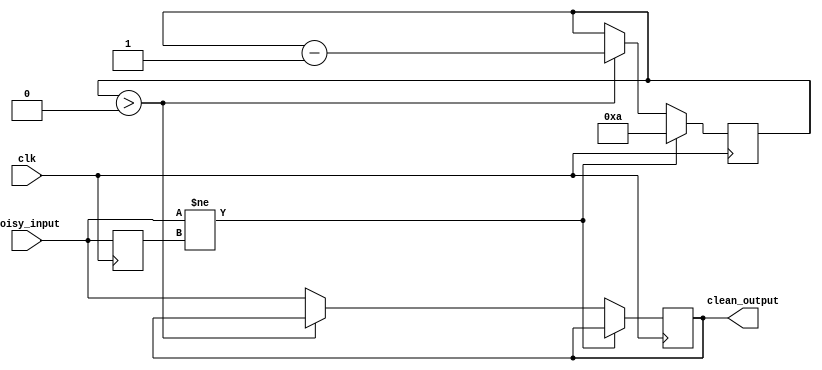
module debounce (
    input clk,
    input noisy_input,
    output reg clean_output
);

parameter DEBOUNCE_CYCLES = 10; // Adjust as needed

reg [DEBOUNCE_CYCLES-1:0] debounce_counter;
reg prev_input;

always @(posedge clk) begin
    if(noisy_input != prev_input) begin
        debounce_counter <= DEBOUNCE_CYCLES;
    end else begin
        if(debounce_counter > 0) begin
            debounce_counter <= debounce_counter - 1;
        end else begin
            clean_output <= noisy_input;
        end
    end
    prev_input <= noisy_input;
end

endmodule